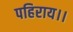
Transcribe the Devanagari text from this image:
पहिराय।।